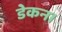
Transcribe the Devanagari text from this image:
डेकन।